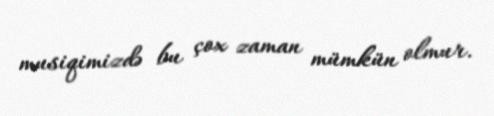
musiqimizdə bu çox zaman mümkün olmur.